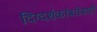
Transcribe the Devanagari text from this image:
दिग्दर्शकांबरोबरही